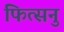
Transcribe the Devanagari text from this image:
फित्सनु